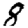
Digit: 8